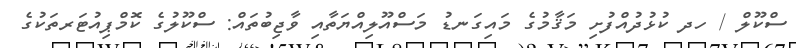
ސްކޫލް / ހދ ކުޅުދުއްފުށި މަޤާމުގެ މައިގަނޑު މަސްއޫލިއްޔަތާއި ވާޖިބުތައް: ސްކޫލުގެ ކޮމްޕިއުޓަރތަކުގެ